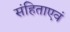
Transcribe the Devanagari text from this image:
संहिताएवं